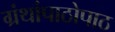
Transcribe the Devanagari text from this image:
ग्रंथांपाठोपाठ